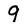
Character: 9